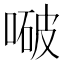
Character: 㗞